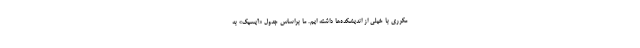
مکرری با خیلی از اندیشکده‌ها داشته ایم. ما براساس جدول «آیسیک» به